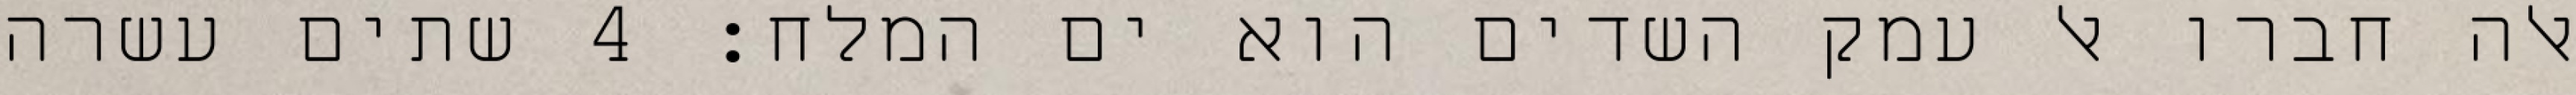
אלה חברו אל עמק השדים הוא ים המלח׃ ‎4‏ שתים עשרה